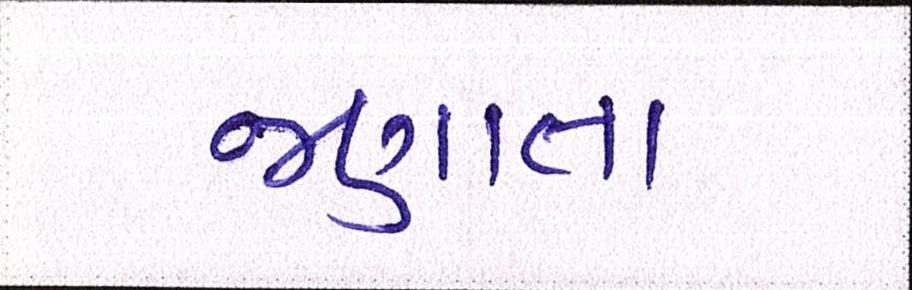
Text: જણાતા